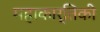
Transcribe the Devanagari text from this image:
महाकार्तिकी